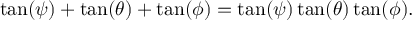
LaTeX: \tan ( \psi ) + \tan ( \theta ) + \tan ( \phi ) = \tan ( \psi ) \tan ( \theta ) \tan ( \phi ) .